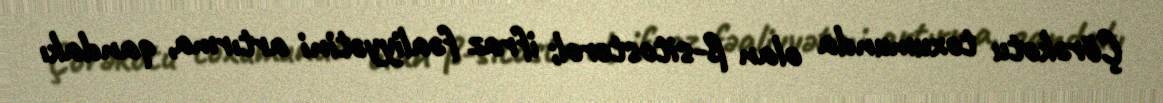
Çörəkotu toxumunda olan ß-sitosterol; ifraz fəaliyyətini artırma, qandakı